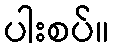
ပါးစပ်။